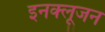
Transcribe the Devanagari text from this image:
इनक्लूजन